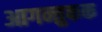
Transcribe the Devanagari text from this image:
आगन्तुकक